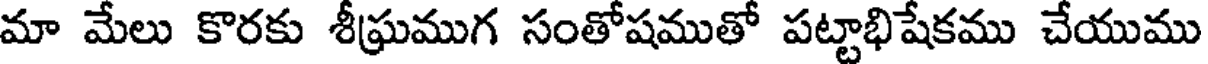
మా మేలు కొరకు శీఘ్రముగ సంతోషముతో పట్టాభిషేకము చేయుము